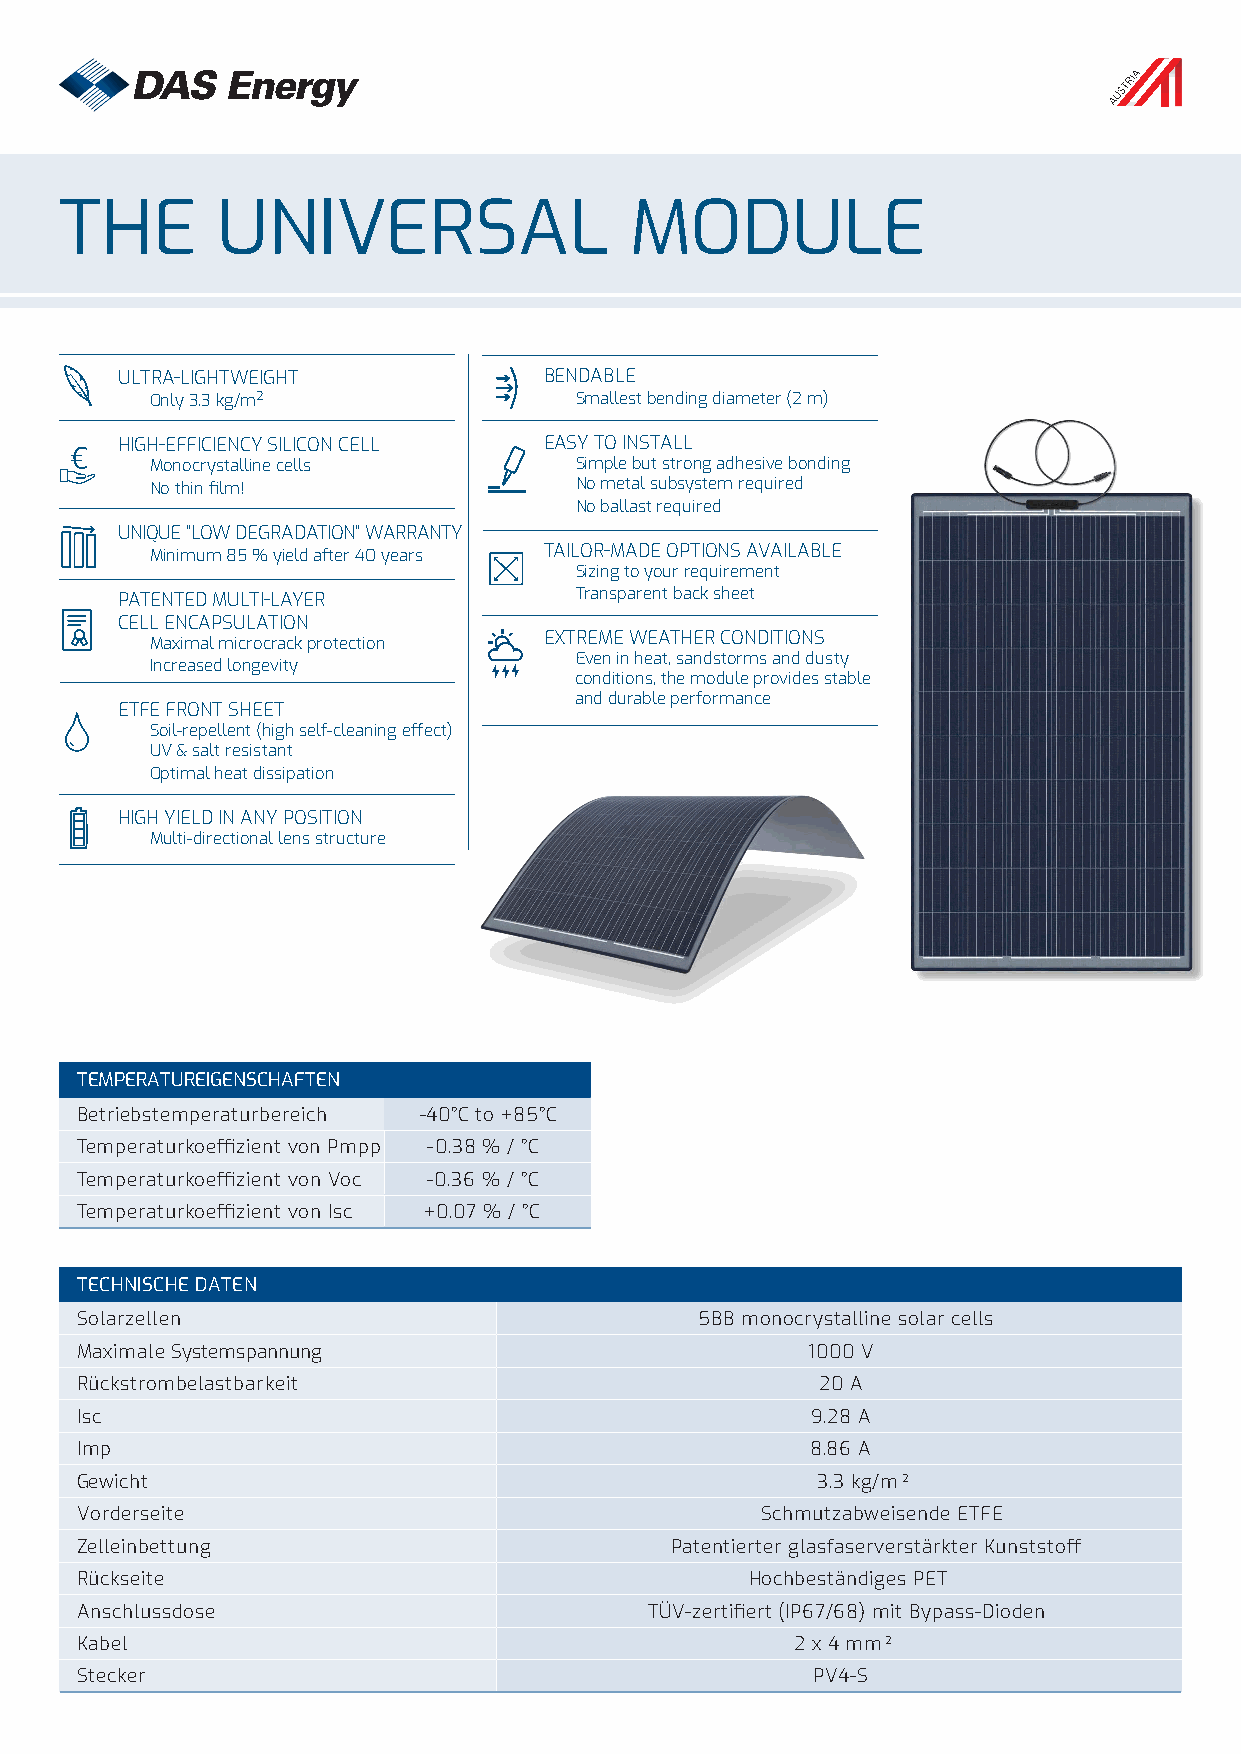
THE       UNIVERSAL                   MODULE
 ULTRA-LIGHTWEIGHT €         BENDABLE      €
 Only 3.3 kg/m2              Smallest bending diameter (2 m)
 €
 €  HIGH-EFFICIENCY SILICON CELL € EASY TO INSTALL €
 Monocrystalline cells       Simple but strong adhesive bonding
 No thin film!               No metal subsystem required
 €                                No ballast required
 €
 €       UNIQUE “LOW DEGRADATION” WARRANTY
 Minimum 85 % yield after 40 years TAILOR-MADE OPTIONS€ AVAILABLE
 Sizing to your requirement
 €       PATENTED MULTI-LAYER          Transparent back sheet
 €                                €
 CELL ENCAPSULATION
 €
 Maximal microcrack protection EXTREME WEATHER CONDITIONS
 Even in heat, sandstorms and dusty
 Increased longevity
 €                     conditions, the module provides stable
 and durable performance
 €ETFE FRONT SHEET               €
 Soil-repellent (high self-cleaning effect)
 UV & salt resistant
 €  Optimal heat dissipation
 €
 HIGH YIELD IN ANY POSITION
 Multi-directional lens structure
 €
 TEMPERATUREIGENSCHAFTEN
 Betriebstemperaturbereich -40°C to +85°C
 Temperaturkoeffizient von Pmpp -0.38 % / °C
 Temperaturkoeffizient von Voc -0.36 % / °C
 Temperaturkoeffizient von Isc +0.07 % / °C
 TECHNISCHE DATEN
 Solarzellen                              5BB monocrystalline solar cells
 Maximale Systemspannung                         1000 V
 Rückstrombelastbarkeit                           20 A
 Isc                                              9.28 A
 Imp                                              8.86 A
 Gewicht                                          3.3 kg/m2
 Vorderseite                                  Schmutzabweisende ETFE
 Zelleinbettung                         Patentierter glasfaserverstärkter Kunststoff
 Rückseite                                    Hochbeständiges PET
 Anschlussdose                         TÜV-zertifiert (IP67/68) mit Bypass-Dioden
 Kabel                                           2 x 4 mm2
 Stecker                                          PV4-S